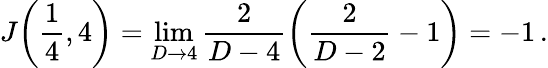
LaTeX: J\bigg(\frac{1}{4},4\bigg)=\operatorname*{lim}_{D\rightarrow 4}\frac{2}{D-4}\bigg(\frac{2}{D-2}-1\bigg)=-1\, .